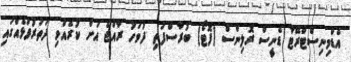
އެޑްމިނިސްޓްރޭޓާ ޑެނީސް ރޮލިންސް (ފޮޓޯ) ބުރާސްފަތި ދުވަހު ރާއްޖެ އަށް ކުރެއްވި ދަތުރުފުޅެއްގައި